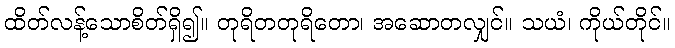
ထိတ်လန့်သောစိတ်ရှိ၍။ တုရိတတုရိတော၊ အဆောတလျှင်။ သယံ၊ ကိုယ်တိုင်။